Investigations on Bengal jail dietaries - Number 37
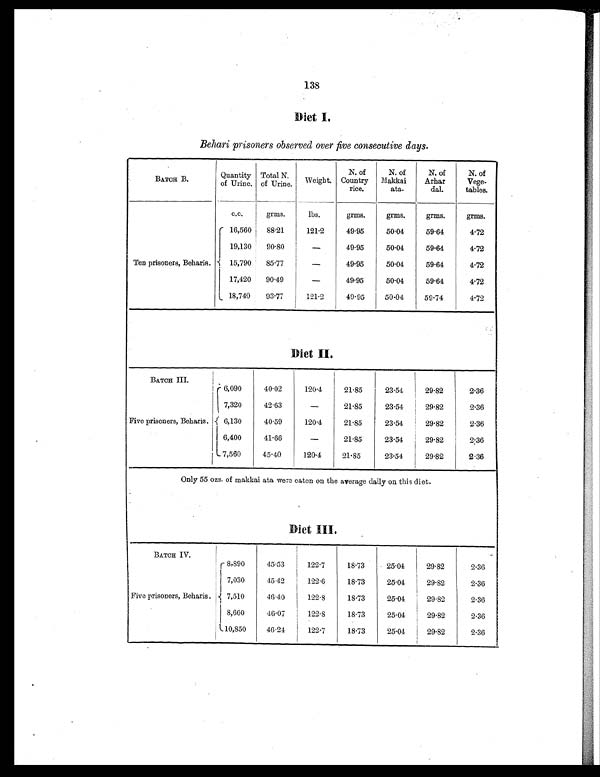
138
Diet I.
Behari prisoners observed over five consecutive days.
BATCH B.
Quantity
of Urine.
Total N.
of Urine.
Weight.
N. of
Country
rice.
N. of
Makkai
ata.
N. of
Arhar
dal.
N. of
Vege-
tables.
C.C.
grms.
lbs.
grms.
grms.
grms.
grms.
Ten prisoners, Beharis.
16,560
88.21
121.2
49.95
50.04
59.64
4.72
19,130
90.80
—
49.95
50.04
59.64
4.72
15,790
85.77
—
49.95
50.04
59.64
4.72
17,420
90.49
—
49.95
50.04
59.64
4.72
18,740
93.77
121.2
49.95
50.04
59.74
4.72
D i e t I I
BATCH III.
.
Five prisoners, Beharis.
6,090
40.02
120.4
21.85
23.54
29.82
2.36
7,320
42.63
—
21.85
23.54
29.82
2 . 3 6
6,130
40.59
120.4
21.85
23.54
29.82
2.36
6,400
41.66
—
21.85
23.54
29.82
2 . 3 6
7,560
45.40
120.4
21.85
23.54
29.82
2.36
Only 55 ozs of makkai ata were eaten on the average daily on this diet.
Diet III.
BATCH IV.
Five prisoners, Beharis.
8,890
45.53
122.7
18.73
25.04
29.82
2.36
7,030
45.42
122.6
18.73
25.04
29.82
2.36
7,510
46.40
122.8
18.73
25.04
29.82
2.36
8,660
46.07
122.8
18.73
25.04
29.82
2.36
10,850
46.24
122.7
18.73
25.04
29.82
2.36